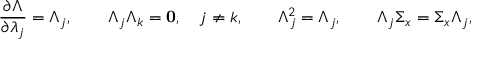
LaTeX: \frac { \partial \Lambda } { \partial \lambda _ { j } } = \Lambda _ { j } , \qquad \Lambda _ { j } \Lambda _ { k } = { \bf 0 } , \quad j \neq k , \qquad \Lambda _ { j } ^ { 2 } = \Lambda _ { j } , \qquad \Lambda _ { j } \Sigma _ { x } = \Sigma _ { x } \Lambda _ { j } ,